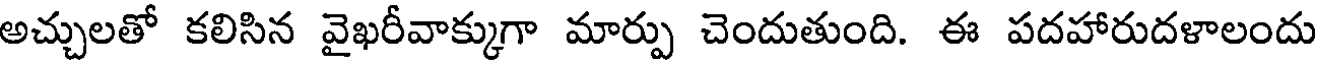
అచ్చులతో కలిసిన వైఖరీవాక్కుగా మార్పు చెందుతుంది. ఈ పదహారుదళాలందు